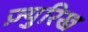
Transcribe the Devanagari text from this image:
ज़्युरिख